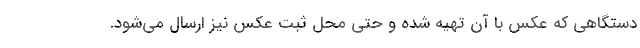
دستگاهی که عکس با آن تهیه شده و حتی محل ثبت عکس نیز ارسال می‌شود.